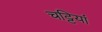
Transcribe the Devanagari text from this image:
चट्टियां